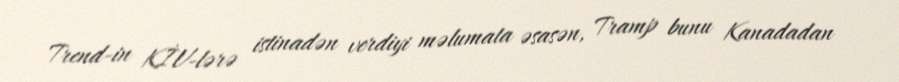
Trend-in KİV-lərə istinadən verdiyi məlumata əsasən, Tramp bunu Kanadadan